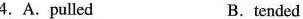
4. A.Pulled B.tended